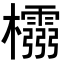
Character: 𭬵